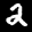
Label: 2